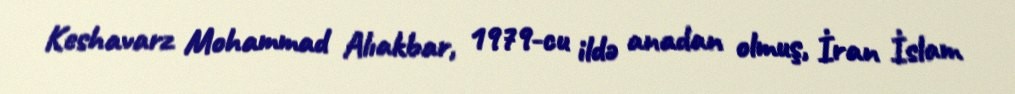
Keshavarz Mohammad Alıakbar, 1979-cu ildə anadan olmuş, İran İslam